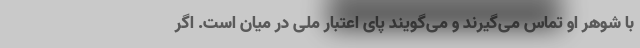
با شوهر او تماس می‌گیرند و می‌گویند پای اعتبار ملی در میان است. اگر